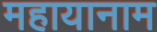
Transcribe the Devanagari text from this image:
महायानाम